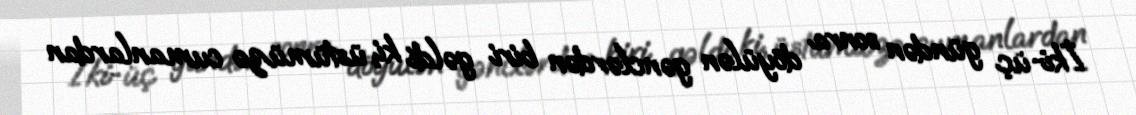
İki-üç gündən sonra döyülən gənclərdən biri gəldi ki, üstümüzə cumanlardan